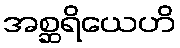
အစ္ဆရိယေဟိ